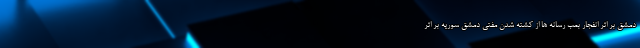
دمشق بر اثر انفجار بمب رسانه ها از کشته شدن مفتی دمشق سوریه بر اثر